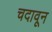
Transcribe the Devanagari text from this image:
चदावून